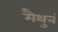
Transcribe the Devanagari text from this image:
मैथुनं